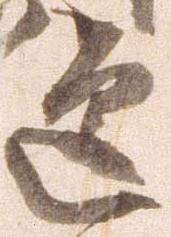
道